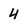
Character: 4